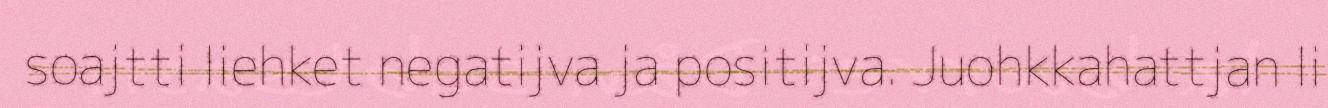
soajtti liehket negatijva ja positijva. Juohkkahattjan li